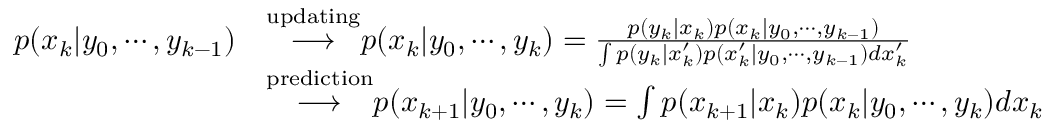
{ \begin{array} { r l } { p ( x _ { k } | y _ { 0 } , \cdots , y _ { k - 1 } ) } & { { \stackrel { \mathrm { u p d a t i n g } } { \longrightarrow } } p ( x _ { k } | y _ { 0 } , \cdots , y _ { k } ) = { \frac { p ( y _ { k } | x _ { k } ) p ( x _ { k } | y _ { 0 } , \cdots , y _ { k - 1 } ) } { \int p ( y _ { k } | x _ { k } ^ { \prime } ) p ( x _ { k } ^ { \prime } | y _ { 0 } , \cdots , y _ { k - 1 } ) d x _ { k } ^ { \prime } } } } \\ & { { \stackrel { \mathrm { p r e d i c t i o n } } { \longrightarrow } } p ( x _ { k + 1 } | y _ { 0 } , \cdots , y _ { k } ) = \int p ( x _ { k + 1 } | x _ { k } ) p ( x _ { k } | y _ { 0 } , \cdots , y _ { k } ) d x _ { k } } \end{array} }